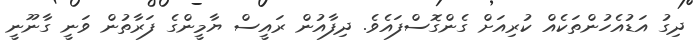
ދިގު އަޑުއެހުންތަކެއް ކުރިއަށް ގެންގޮސްފައެވެ. ދިފާއުން ރައީސް ޔާމީންގެ ފަރާތުން ވަނީ ގާނޫނީ